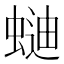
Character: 𰳌